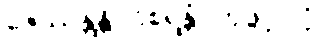
ဇေဿန္တန္တိ ဝိစရန္တံ ဟုဖွင့်ပြပုံ။